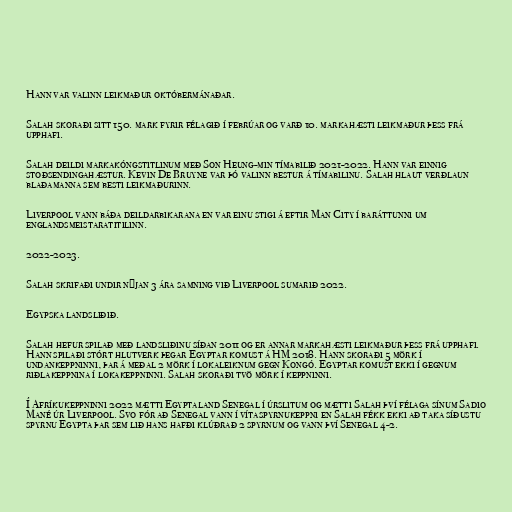
Hann var valinn leikmaður októbermánaðar.

Salah skoraði sitt 150. mark fyrir félagið í febrúar og varð 10. markahæsti leikmaður þess frá
upphafi.

Salah deildi markakóngstitlinum með Son Heung-min tímabilið 2021-2022. Hann var einnig
stoðsendingahæstur. Kevin De Bruyne var þó valinn bestur á tímabilinu. Salah hlaut verðlaun
blaðamanna sem besti leikmaðurinn.

Liverpool vann báða deildarbikarana en var einu stigi á eftir Man City í baráttunni um
englandsmeistaratitilinn.

2022-2023.

Salah skrifaði undir nýjan 3 ára samning við Liverpool sumarið 2022.

Egypska landsliðið.

Salah hefur spilað með landsliðinu síðan 2011 og er annar markahæsti leikmaður þess frá upphafi.
Hann spilaði stórt hlutverk þegar Egyptar komust á HM 2018. Hann skoraði 5 mörk í
undankeppninni, þar á meðal 2 mörk í lokaleiknum gegn Kongó. Egyptar komust ekki í gegnum
riðlakeppnina í lokakeppninni. Salah skoraði tvö mörk í keppninni.

Í Afríkukeppninni 2022 mætti Egyptaland Senegal í úrslitum og mætti Salah því félaga sínum Sadio
Mané úr Liverpool. Svo fór að Senegal vann í vítaspyrnukeppni en Salah fékk ekki að taka síðustu
spyrnu Egypta þar sem lið hans hafði klúðrað 2 spyrnum og vann því Senegal 4-2.